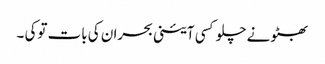
بھٹو نے چلو کسی آئینی بحران کی بات توکی ۔